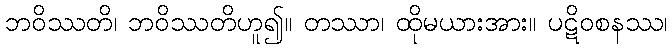
ဘဝိဿတိ၊ ဘဝိဿတိဟူ၍။ တဿာ၊ ထိုမယားအား။ ပဋိဝစနဿ၊